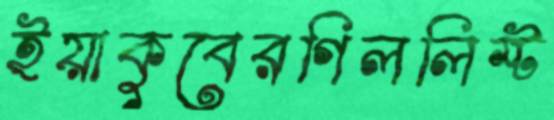
ইয়াকুবেরগিললিস্ট